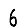
Digit: 6